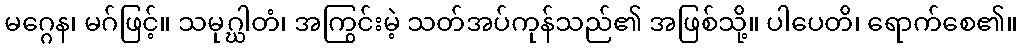
မဂ္ဂေန၊ မဂ်ဖြင့်။ သမုဂ္ဃါတံ၊ အကြွင်းမဲ့ သတ်အပ်ကုန်သည်၏ အဖြစ်သို့။ ပါပေတိ၊ ရောက်စေ၏။